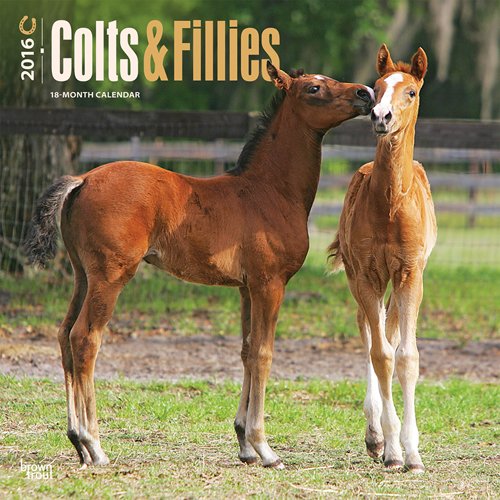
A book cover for Colts & Fillies 2016 Square 12x12; Browntrout Publishers; Calendars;